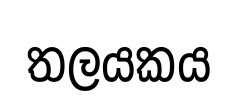
තලයකය